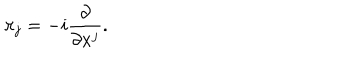
\pi _ { j } = - i { \frac { \partial } { \partial x ^ { j } } } .